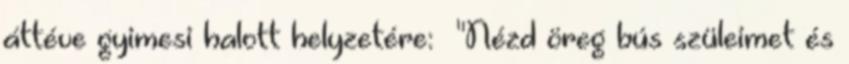
áttéve gyimesi halott helyzetére: "Nézd öreg bús szüleimet és